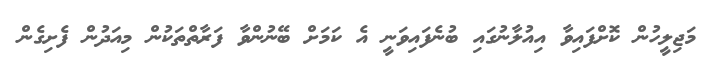
މަޖިލީހުން ކޮށްފައިވާ އިއުލާނުގައި ބުނެފައިވަނީ އެ ކަމަށް ބޭނުންވާ ފަރާތްތަކުން މިއަދުން ފެށިގެން